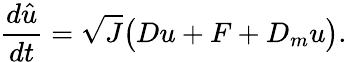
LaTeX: \frac{d\hat{u}}{dt}=\sqrt{J}\big(Du+F+D_{m}u\big).